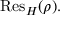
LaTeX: { \mathrm { R e s } } _ { H } ( \rho ) .